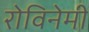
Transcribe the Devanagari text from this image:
रोविनेमी